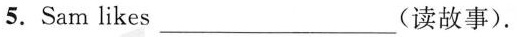
5. Sam likes___(读故事).